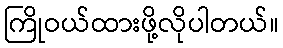
ကြိုဝယ်ထားဖို့လိုပါတယ်။